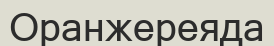
Оранжереяда